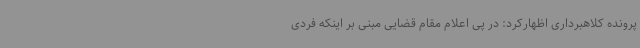
پرونده کلاهبرداری اظهارکرد: در پی اعلام مقام قضایی مبنی بر اینکه فردی